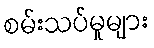
စမ်းသပ်မှုများ